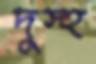
দুস্হ